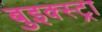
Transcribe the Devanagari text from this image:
बुइक्स्ट्रा